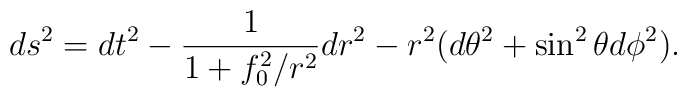
ds^2 = dt^2 - \frac{1}{1+ f_0^2 / r^2} dr^2 - r^2(d \theta^2 + \sin^2 \theta d \phi^2 ) .